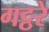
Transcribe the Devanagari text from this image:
गट्ठरे